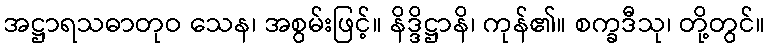
အဋ္ဌာရသဓာတုဝ သေန၊ အစွမ်းဖြင့်။ နိဒ္ဒိဋ္ဌာနိ၊ ကုန်၏။ စက္ခဒီသု၊ တို့တွင်။